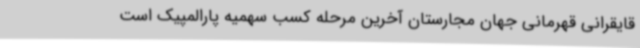
قایقرانی قهرمانی جهان مجارستان آخرین مرحله کسب سهمیه پارالمپیک است